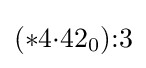
(*4{\cdot }42_{0}){:}3